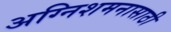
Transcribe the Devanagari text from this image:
अग्निशमनासाठी